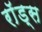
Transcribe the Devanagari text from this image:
राॅड्स